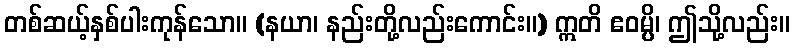
တစ်ဆယ့်နှစ်ပါးကုန်သော။ (နယာ၊ နည်းတို့လည်းကောင်း။) ဣတိ ဧဝမ္ပိ၊ ဤသို့လည်း။